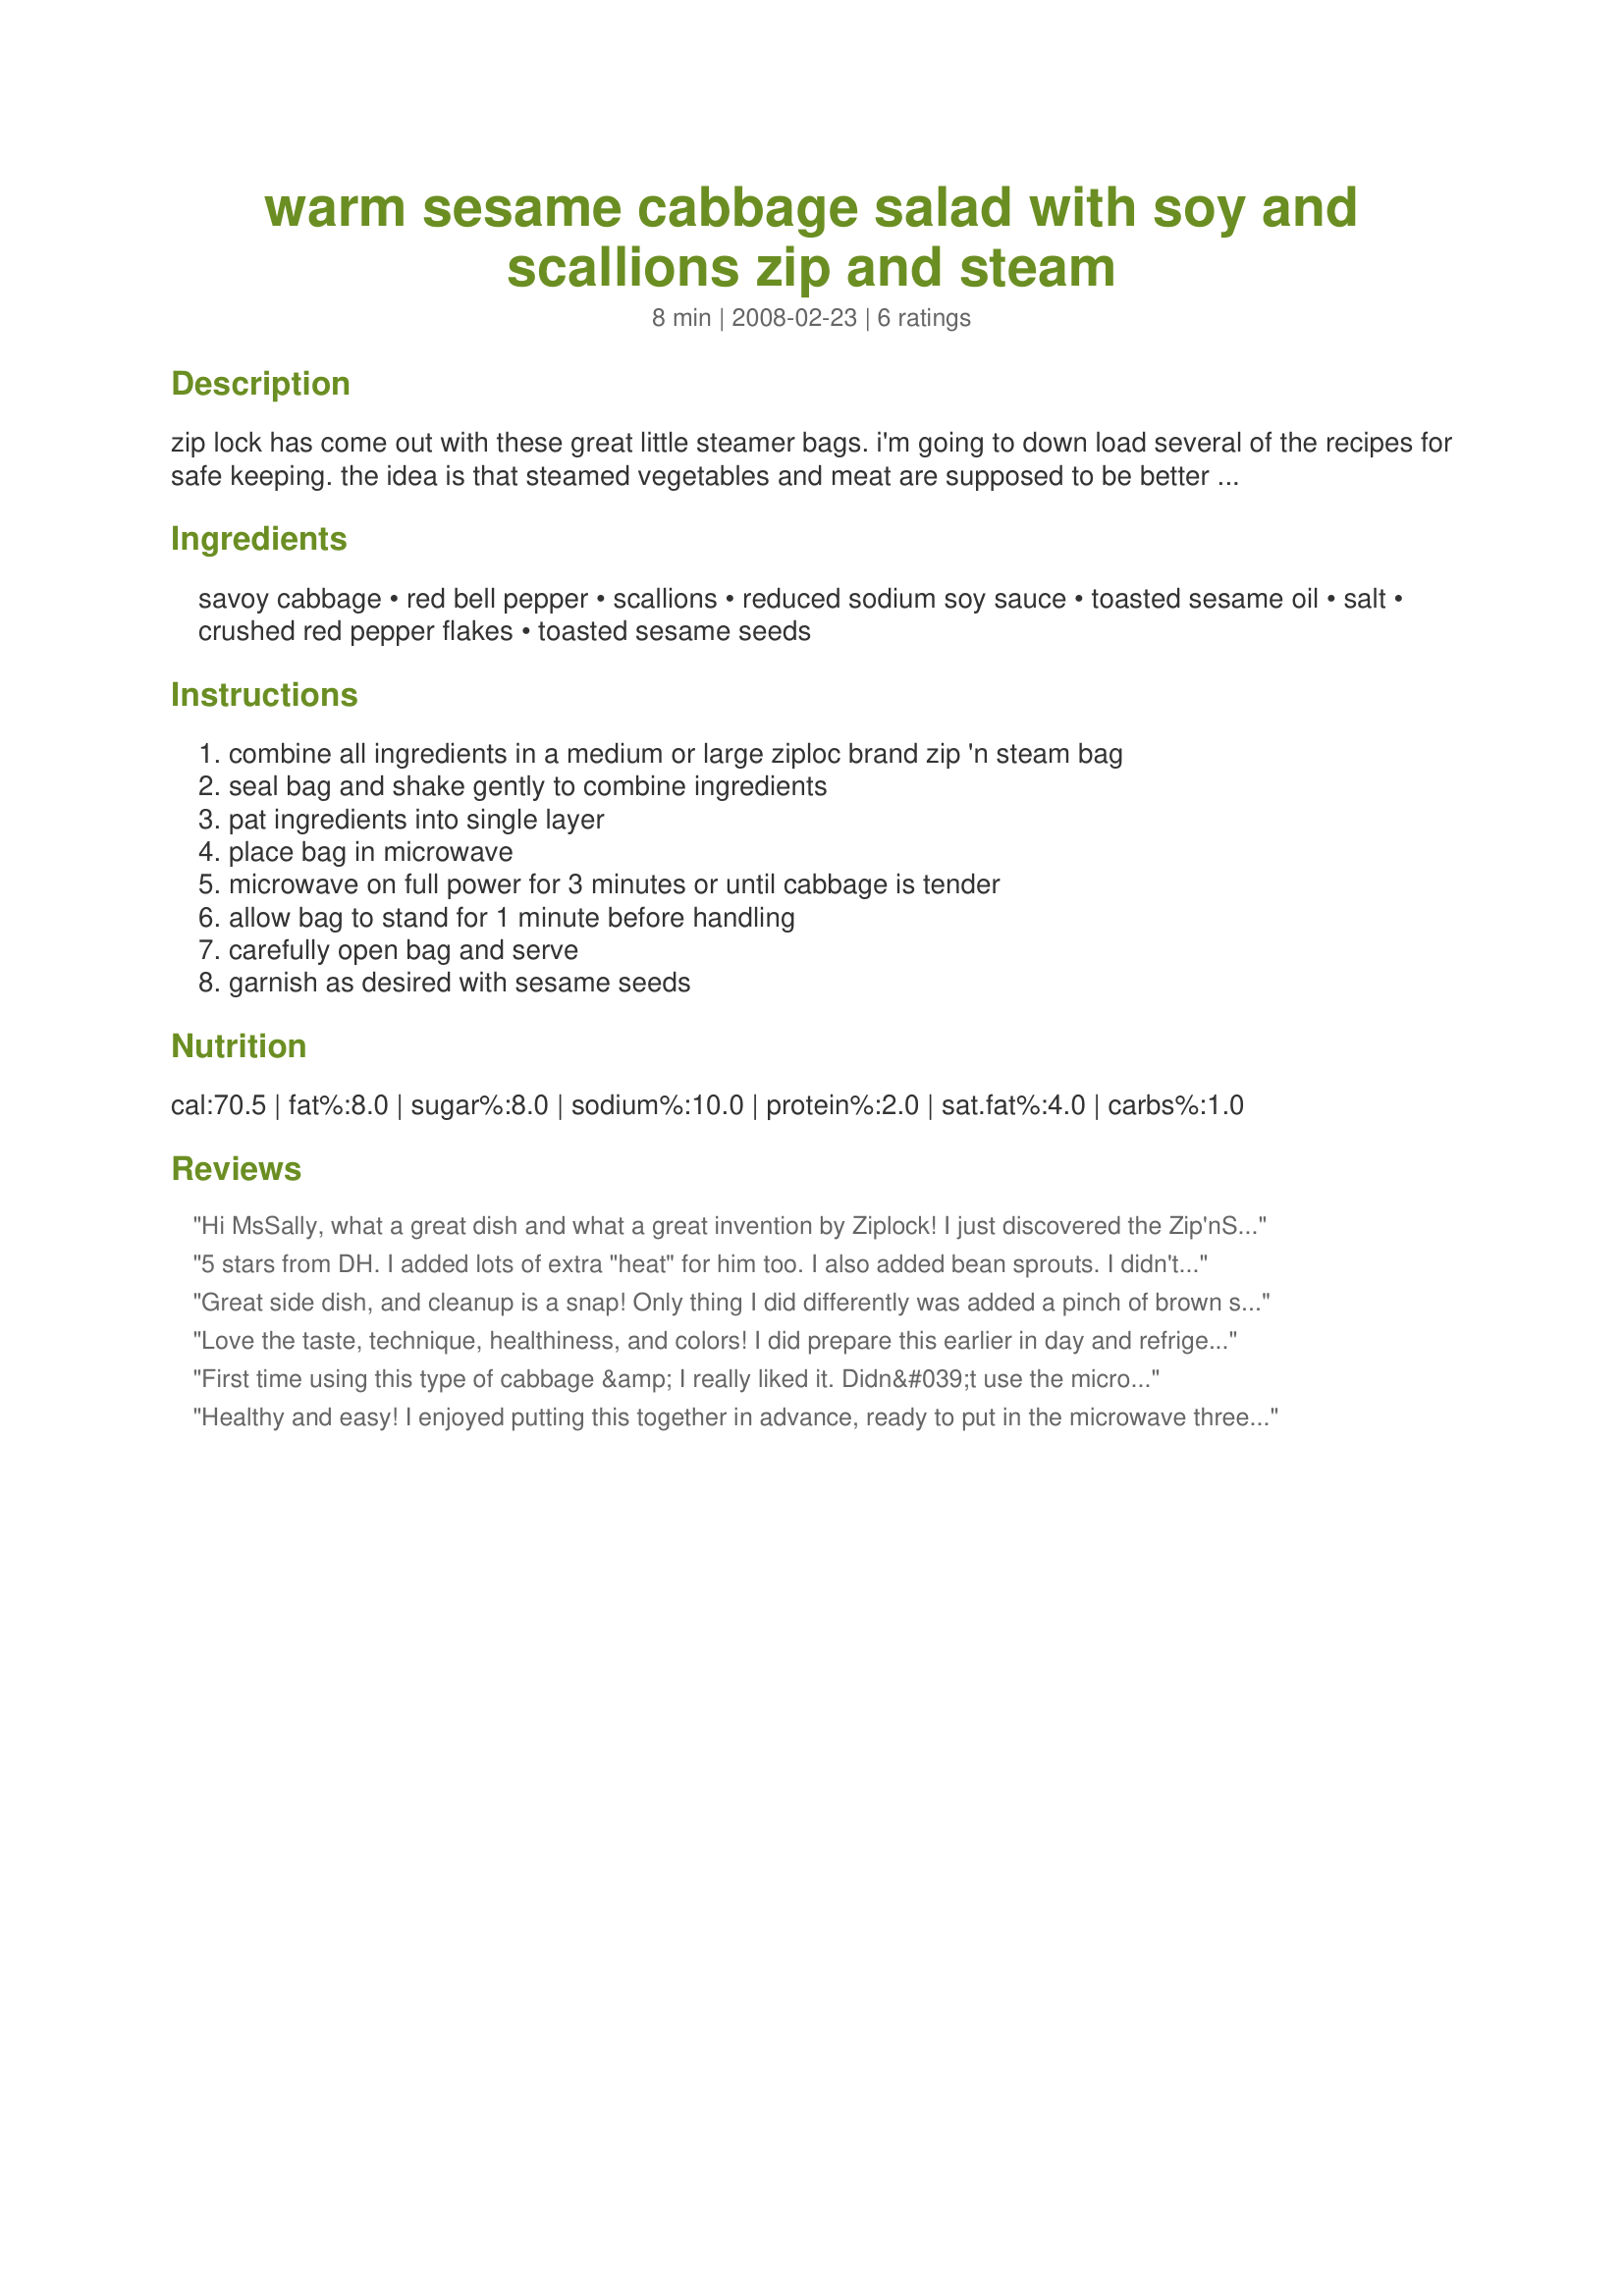
warm sesame cabbage salad with soy and scallions zip and steam
Preparation time: 8 minutes

zip lock has come out with these great little steamer bags. i'm going to down load several of the recipes for safe keeping. the idea is that steamed vegetables and meat are supposed to be better for you, because there is very little added fat.
i suppose you could also make this in a traditional steamer, however, the cook times may vary.

Ingredients:
savoy cabbage, red bell pepper, scallions, reduced sodium soy sauce, toasted sesame oil, salt, crushed red pepper flakes, toasted sesame seeds

Steps:
combine all ingredients in a medium or large ziploc brand zip 'n steam bag, seal bag and shake gently to combine ingredients, pat ingredients into single layer, place bag in microwave, microwave on full power for 3 minutes or until cabbage is tender, allow bag to stand for 1 minute before handling, carefully open bag and serve, garnish as desired with sesame seeds

Reviews:
Hi MsSally, what a great dish and what a great invention by Ziplock! I just discovered the Zip'nSteam bags(living in a home we don't use those particular things)however, I went & shopped for these to make this. BTW, this dish is wonderful! I cooked it just as posted except for the addition of bacon, omitted the salt, & increased the amt of crushed red pepper flakes. We used Chinese cabbage and everyone who tasted it(mainly the whole kitchen staff) just kept ohing and ahing, thank you so much for posting, Diane :)
5 stars from DH. I added lots of extra "heat" for him too. I also added bean sprouts. I didn't have the steam bags (I prefer not to microwave in plastic...even though they say it is safe.) I used a glass dish with a cover, it was perfect. Thanks for posting!
Great side dish, and cleanup is a snap! Only thing I did differently was added a pinch of brown sugar to the dressing and substituted shallots for the scallions. Thanks for sharing!
Love the taste, technique, healthiness, and colors! I did prepare this earlier in day and refrigerated. Thank you MsSally for sharing a repeater. Made for Everyday is a Holiday!
First time using this type of cabbage &amp; I really liked it. Didn&#039;t use the microwave, just sauteed it on the stovetop &amp; had to use a yellow onion as that&#039;s what I had. Very tasty.
Healthy and easy! I enjoyed putting this together in advance, ready to put in the microwave three minutes before the entree is ready to be served, so it's perfectly warm and flavorful. My pinch of red pepper flakes was more like a baby handful...but we love spicy. We only used half a head of cabbage and it still came out to more than three cups. I used a microwave steamer but next time will try the Ziploc Steam Bags.
